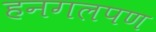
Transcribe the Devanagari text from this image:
हनगलपण